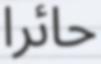
حائرا